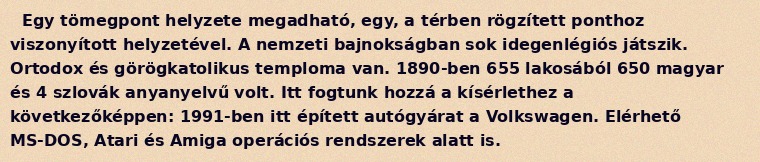
Egy tömegpont helyzete megadható, egy, a térben rögzített ponthoz viszonyított helyzetével. A nemzeti bajnokságban sok idegenlégiós játszik. Ortodox és görögkatolikus temploma van. 1890-ben 655 lakosából 650 magyar és 4 szlovák anyanyelvű volt. Itt fogtunk hozzá a kísérlethez a következőképpen: 1991-ben itt épített autógyárat a Volkswagen. Elérhető MS-DOS, Atari és Amiga operációs rendszerek alatt is.